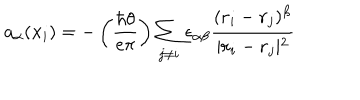
a _ { \alpha } ( { \bf x } _ { i } ) = - \left( { \frac { \hbar \theta } { e \pi } } \right) \sum _ { j \ne i } \epsilon _ { \alpha \beta } { \frac { ( { \bf r } _ { i } - { \bf r } _ { j } ) ^ { \beta } } { \vert { \bf r } _ { i } - { \bf r } _ { j } \vert ^ { 2 } } }